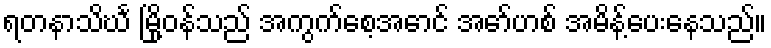
ရတနာသိင်္ဃ မြို့ဝန်သည် အကွက်စေ့အောင် အော်ဟစ် အမိန့်ပေးနေသည်။